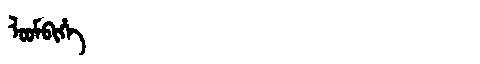
Manchu: ᠯᠣᠣᠮᠪᡳᡥᡝ
Romanization: LOOMBIHE